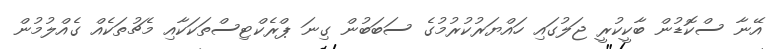
އޭނާ ސްކޮޑުން ބާކީކުރީ ޖަލުގައި ހައްޔަރުކުރުމުގެ ސަބަބުން ގިނަ ޕްރެކްޓިސްތަކަކާއި މެޗުތަކެއް ގެއްލުމުން